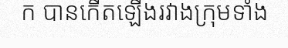
ក បានកើតឡើងរវាងក្រុមទាំង